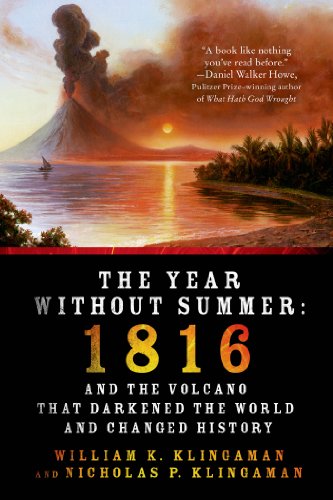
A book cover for The Year Without Summer: 1816 and the Volcano That Darkened the World and Changed History; William K. Klingaman; Science & Math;